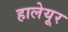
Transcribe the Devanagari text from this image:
हालेयूर